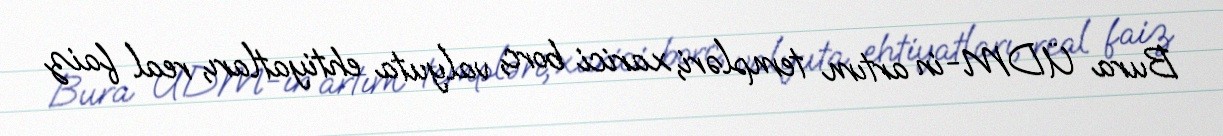
Bura ÜDM-in artım templəri, xarici borc, valyuta ehtiyatları, real faiz